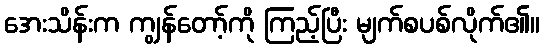
အေးသိန်းက ကျွန်တော့်ကို ကြည့်ပြီး မျက်စပစ်လိုက်၏။